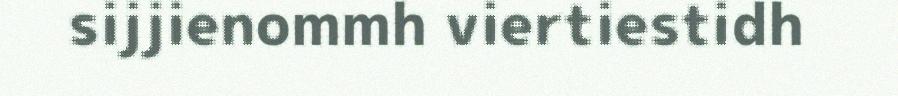
sijjienommh viertiestidh